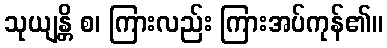
သုယျန္တိ စ၊ ကြားလည်း ကြားအပ်ကုန်၏။